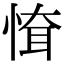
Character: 𢝉